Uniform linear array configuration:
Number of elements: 24
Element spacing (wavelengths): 0.5
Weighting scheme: hann
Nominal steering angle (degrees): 45
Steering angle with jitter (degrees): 43.463
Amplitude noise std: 0.05
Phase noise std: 0.05

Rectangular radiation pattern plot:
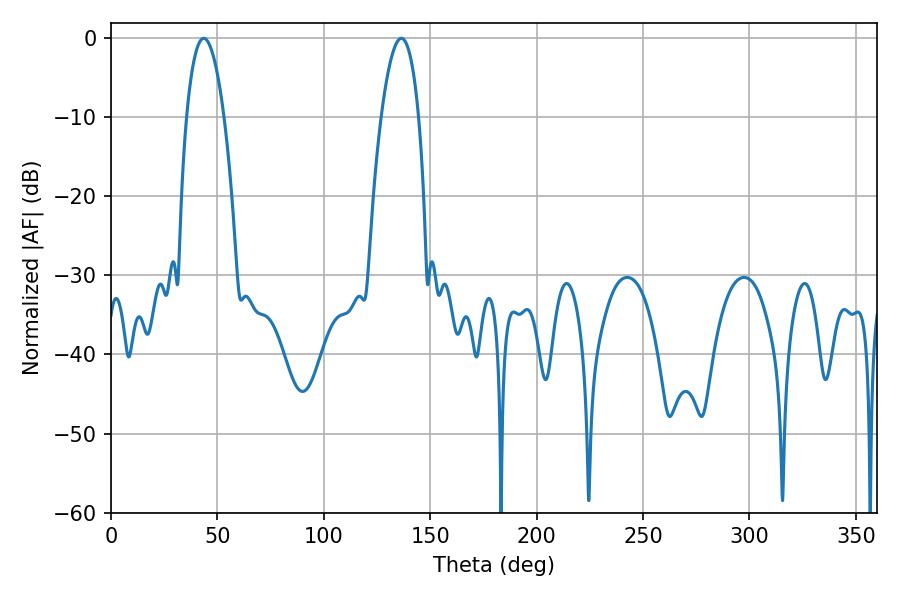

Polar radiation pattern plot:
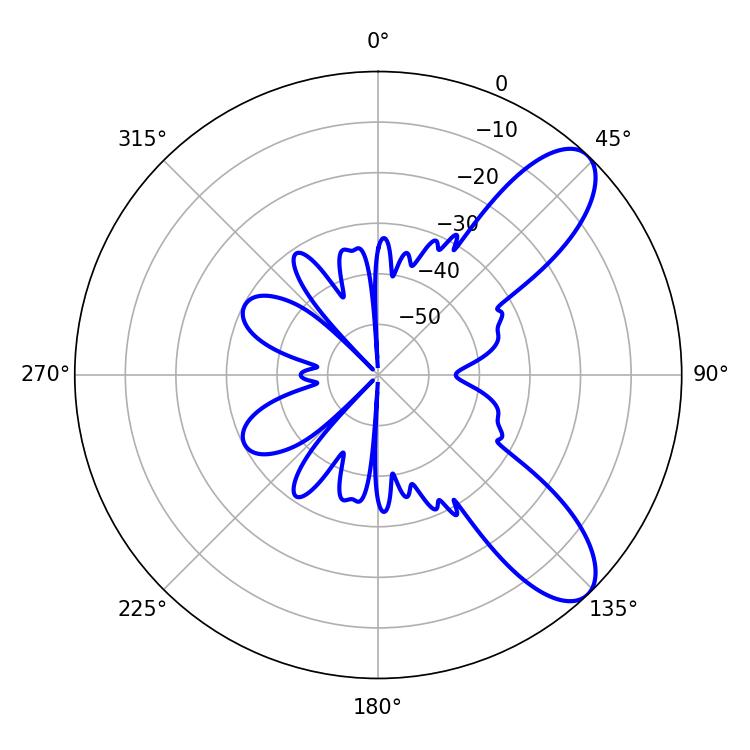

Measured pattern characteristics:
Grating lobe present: FALSE
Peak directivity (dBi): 8.991
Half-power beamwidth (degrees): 9.9
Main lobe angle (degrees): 43.56